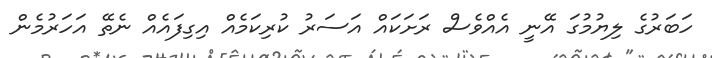
ހަބަރުގެ ލިޔުމުގަ އޭނީ އެއްވެސް ރަށަކައް އަސަރު ކުރިކަމެއް އިގިފައެއް ނެތޭ އަހަރުމެން